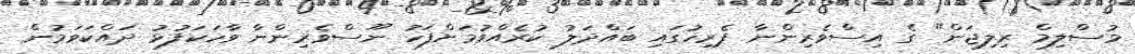
މުސްލިމް ރިލިޖަން" ގެ އިސްވެރިންނާ ޕެރިހުގައި ބައްދަލު ކުރެއްވުމަށްފަހު ނޫސްވެރިންނާ ވާހަކަފުޅު ދައްކަވަމުން